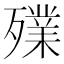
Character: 𣩫